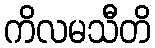
ကိလမသီတိ